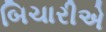
બિચારીએ